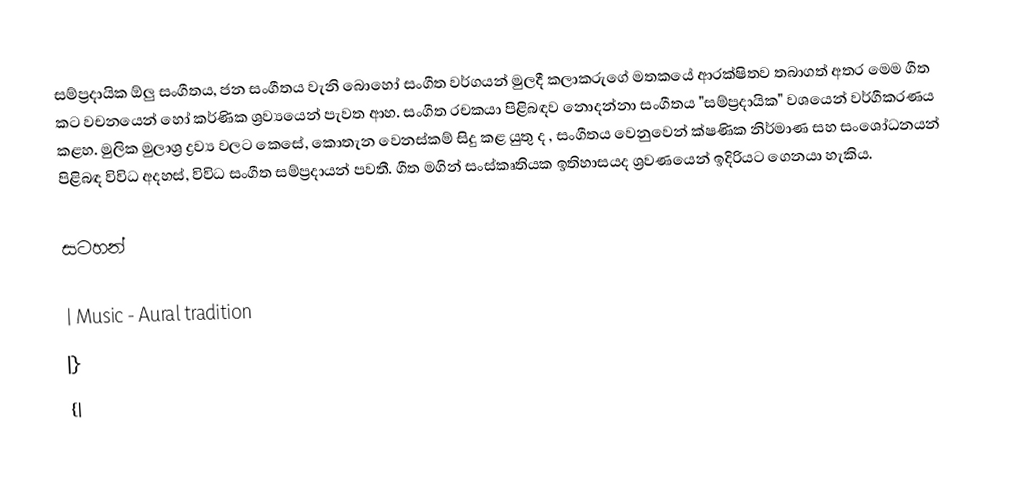
සම්ප්‍රදායික ඕලු සංගීතය, ජන සංගීතය වැනි බොහෝ සංගීත වර්ගයන් මුලදී කලාකරුගේ මතකයේ ආරක්ෂිතව තබාගත් අතර මෙම ගීත කට වචනයෙන් හෝ කර්ණික ශ්‍රව්‍යයෙන් පැවත ආහ. සංගීත රචකයා පිළිබඳව නොදන්නා සංගීතය "සම්ප්‍රදායික" වශයෙන් වර්ගීකරණය කළහ. මුලික මුලාශ්‍ර ද්‍රව්‍ය වලට කෙසේ, කොතැන වෙනස්කම් සිදු කළ යුතු ද , සංගීතය වෙනුවෙන් ක්ෂණික නිර්මාණ සහ සංශෝධනයන් පිළිබඳ විවිධ අදහස්, විවිධ සංගීත සම්ප්‍රදායන් පවතී. ගීත මගින් සංස්කෘතියක ඉතිහාසයද ශ්‍රවණයෙන් ඉදිරියට ගෙනයා හැකිය.

සටහන්

| Music - Aural tradition
|}
{|